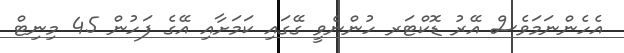
އެހެންނަމަވެސް އޭރު ޑޮކްޓަރ ހުންނެވީ ގޭގައި ކަމަށާއި އޭގެ ފަހުން 45 މިނިޓް